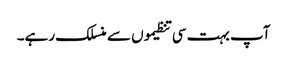
آپ بہت سی تنظیموں سے منسلک رہے۔